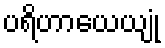
ပရိဟာယေယျုံ